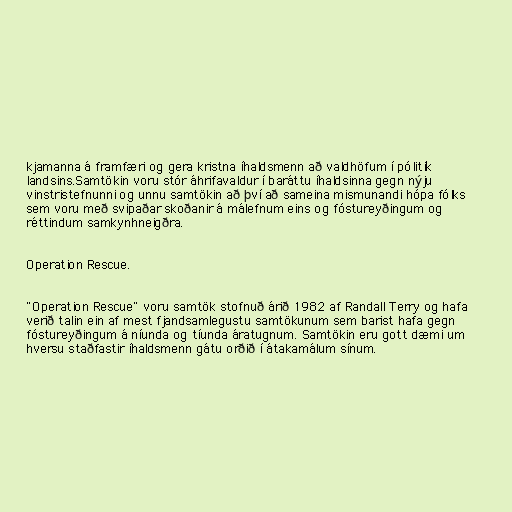
kjamanna á framfæri og gera kristna íhaldsmenn að valdhöfum í pólitík
landsins.Samtökin voru stór áhrifavaldur í baráttu íhaldsinna gegn nýju
vinstristefnunni og unnu samtökin að því að sameina mismunandi hópa fólks
sem voru með svipaðar skoðanir á málefnum eins og fóstureyðingum og
réttindum samkynhneigðra.

Operation Rescue.

"Operation Rescue" voru samtök stofnuð árið 1982 af Randall Terry og hafa
verið talin ein af mest fjandsamlegustu samtökunum sem barist hafa gegn
fóstureyðingum á níunda og tíunda áratugnum. Samtökin eru gott dæmi um
hversu staðfastir íhaldsmenn gátu orðið í átakamálum sínum.